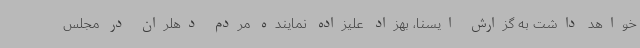
خواهد داشت به گزارش ایسنا، بهزاد علیزاده نماینده مردم دهلران در مجلس